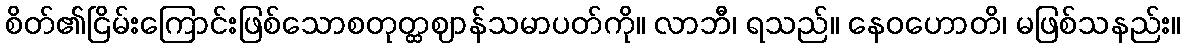
စိတ်၏ငြိမ်းကြောင်းဖြစ်သောစတုတ္ထဈာန်သမာပတ်ကို။ လာဘီ၊ ရသည်။ နေဝဟောတိ၊ မဖြစ်သနည်း။